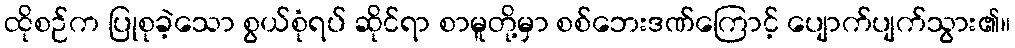
ထိုစဉ်က ပြုစုခဲ့သော စွယ်စုံရပ် ဆိုင်ရာ စာမူတို့မှာ စစ်ဘေးဒဏ်ကြောင့် ပျောက်ပျက်သွား၏။